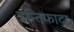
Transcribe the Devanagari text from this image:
इन्तिफादा